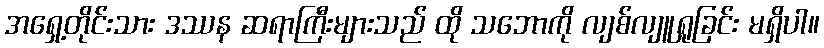
အရှေ့တိုင်းသား ဒဿန ဆရာကြီးများသည် ထို သဘောကို လျစ်လျူရှုခြင်း မရှိပါ။